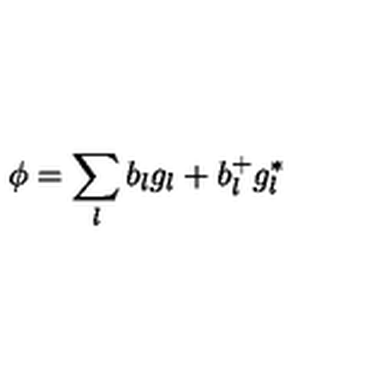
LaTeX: \phi = \sum _ { l } b _ { l } g _ { l } + b _ { l } ^ { + } g _ { l } ^ { * }